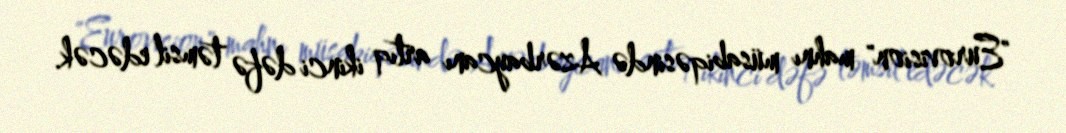
"Eurovision" mahnı müsabiqəsində Azərbaycanı artıq ikinci dəfə təmsil edəcək.